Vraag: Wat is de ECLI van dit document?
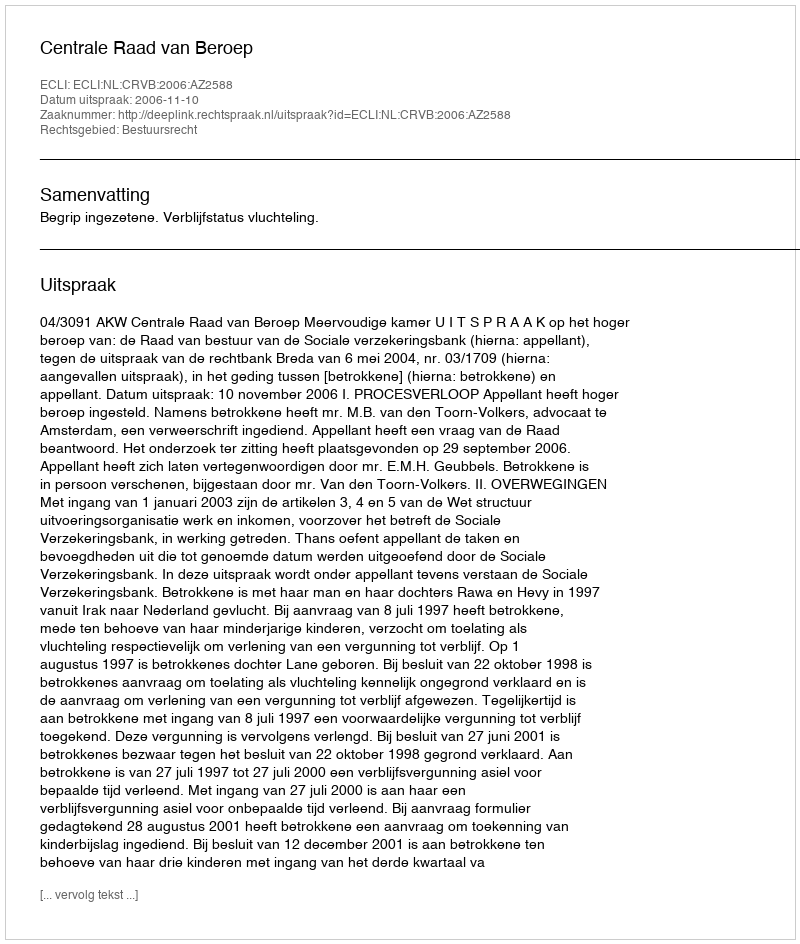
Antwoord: ECLI:NL:CRVB:2006:AZ2588